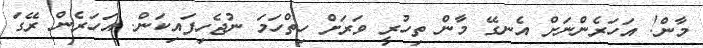
މާން! އަހަރެންނަށް އެނގޭ މާން ތިހުރީ ވަރަށް ހިތްހަމަ ނުޖެހިފައިކަން. އަހަރެން ރޭގަ